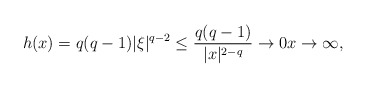
\begin{align*} h(x)=q(q-1)|\xi|^{q-2}\leq \frac{q(q-1)}{|x|^{2-q}}\to 0 x\to \infty, \end{align*}